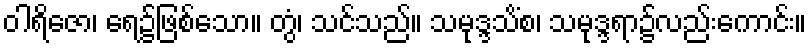
ဝါရိဇော၊ ရေ၌ဖြစ်သော။ တွံ၊ သင်သည်။ သမုဒ္ဒသိံစ၊ သမုဒ္ဒရာ၌လည်းကောင်း။